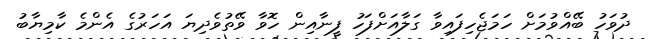
ދުވަހު ބޭއްވުމަށް ހަމަޖެހިފައިވާ ގަލާއަށްފަހު ފީނާއިން ހޮވާ ވޭތުވެދިޔަ އަހަރުގެ އެންމެ ކާމިޔާބު